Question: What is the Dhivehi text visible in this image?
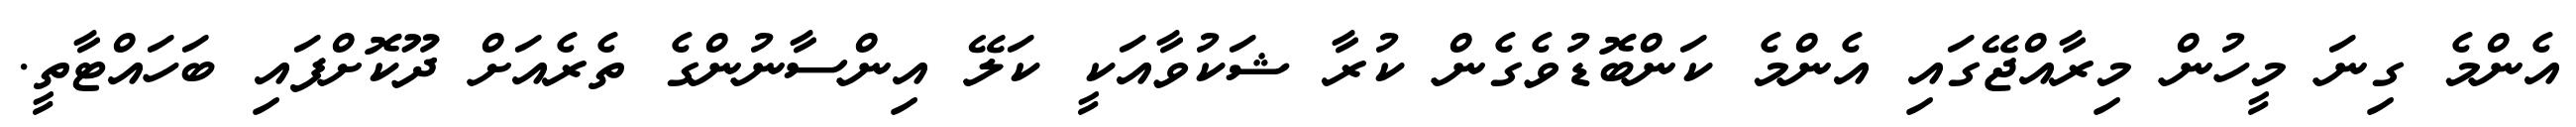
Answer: އެންމެ ގިނަ މީހުން މިރާއްޖޭގައި އެންމެ ކަންބޮޑުވެގެން ކުރާ ޝަކުވާއަކީ ކަލޭ އިންސާނުންގެ ތެރެއަށް ދޫކޮށްފައި ބަހައްޓާތީ.